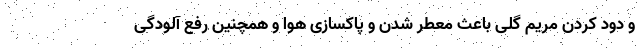
و دود کردن مریم گلی باعث معطر شدن و پاکسازی هوا و همچنین رفع آلودگی